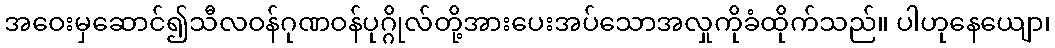
အဝေးမှဆောင်၍သီလဝန်ဂုဏဝန်ပုဂ္ဂိုလ်တို့အားပေးအပ်သောအလှုကိုခံထိုက်သည်။ ပါဟုနေယျော၊